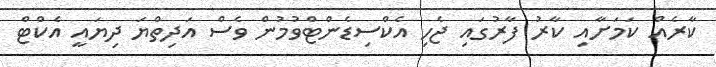
ކާރެއް ކަމަށާއި ކާރު ފާރުގައި ޖެހި އެކްސިޑެންޓްވުމުން ވެސް އަދިތްޔަ ދިޔައީ އެކްޓް